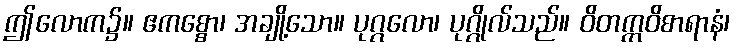
ဤလောက၌။ ဧကစ္စော၊ အချို့သော။ ပုဂ္ဂလော၊ ပုဂ္ဂိုလ်သည်။ ဝိတက္ကဝိစာရာနံ၊